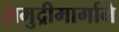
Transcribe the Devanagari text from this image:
समुद्रीमार्गाने